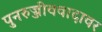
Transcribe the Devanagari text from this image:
पुनरुज्जीववादावर